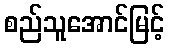
စည်သူအောင်မြင့်